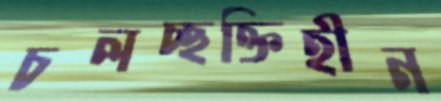
চলচ্ছক্তিহীন